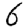
Digit: 6